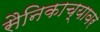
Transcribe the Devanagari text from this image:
सैनिकाच्यावर